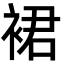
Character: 裙